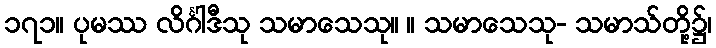
၁၇၁။ ပုမဿ လိင်္ဂါဒီသု သမာသေသု။ ။ သမာသေသု- သမာသ်တို့၌၊